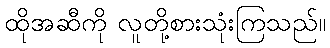
ထိုအဆီကို လူတို့စားသုံးကြသည်။